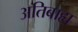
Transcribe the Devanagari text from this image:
अतिबाह्य